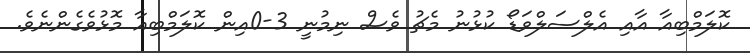
ކޮލަމްބިއާ އާއި އެލްސަލްވަޑޯ ކުޅުނު މެޗު ވެސް ނިމުނީ 3-0އިން ކޮލަމްބިއާ މޮޅުވެގެންނެވެ.